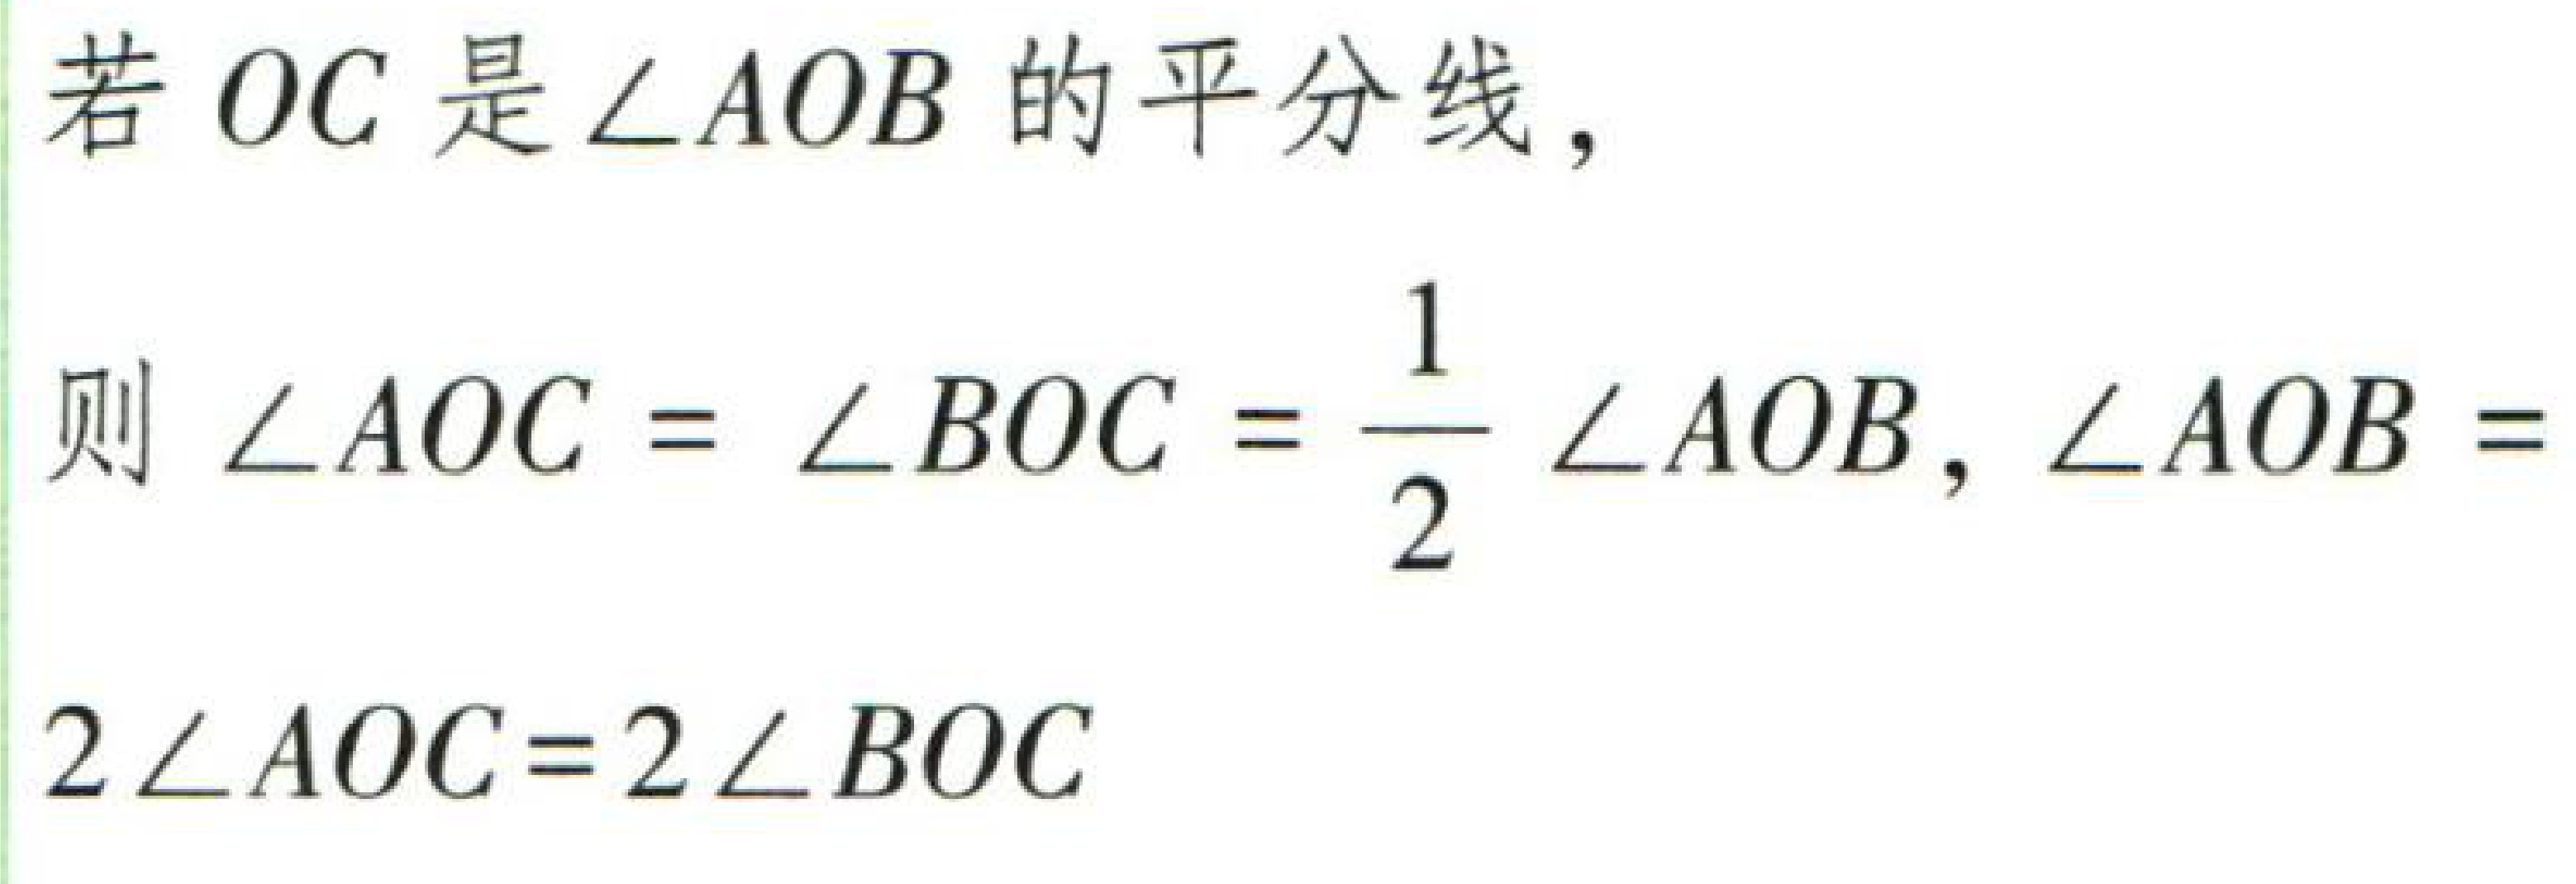
若 \(OC\) 是\(\angle AOB\) 的平分线，

则 \(\angle AOC = \angle BOC = \dfrac{1}{2} \angle AOB\)，\(\angle AOB = 2\angle AOC=2\angle BOC\)